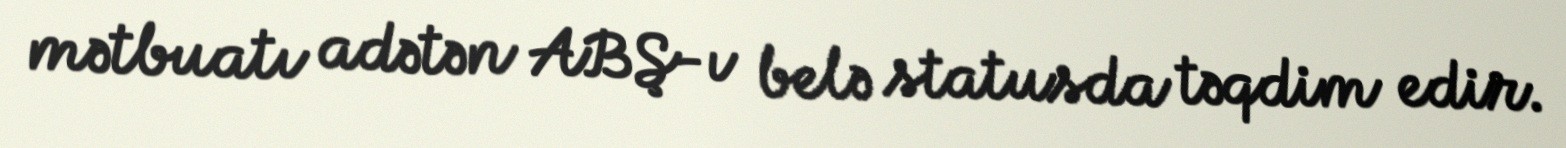
mətbuatı adətən ABŞ-ı belə statusda təqdim edir.